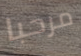
مرحبا